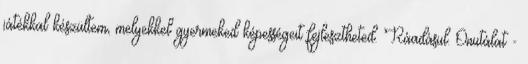
játékkal készültem, melyekkel gyermeked képességeit fejlesztheted. Ráadásul. Önutálat -